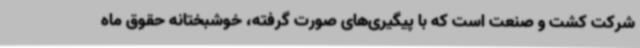
شرکت کشت و صنعت است که با پیگیری‌های صورت گرفته، خوشبختانه حقوق ماه